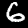
Digit: 6